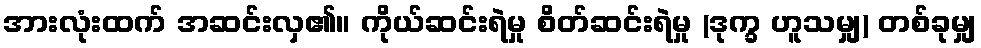
အားလုံးထက် အဆင်းလှ၏။ ကိုယ်ဆင်းရဲမှု စိတ်ဆင်းရဲမှု (ဒုက္ခ ဟူသမျှ) တစ်ခုမျှ